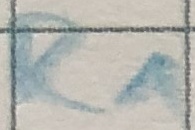
Text: R1